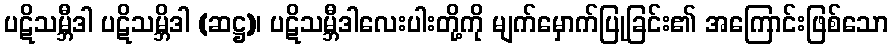
ပဋိသမ္ဘီဒါ ပဋိသမ္ဘိဒါ (ဆဋ္ဌ)၊ ပဋိသမ္ဘီဒါလေးပါးတို့ကို မျက်မှောက်ပြုခြင်း၏ အကြောင်းဖြစ်သော